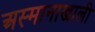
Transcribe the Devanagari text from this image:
अस्मानाखाली